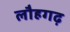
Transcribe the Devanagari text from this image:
लौहगढ़